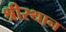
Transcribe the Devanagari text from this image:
श्रीस्थान